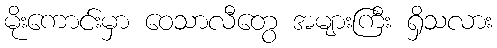
မိုးကောင်းမှာ ဝေသာလီတွေ အများကြီး ရှိသလား